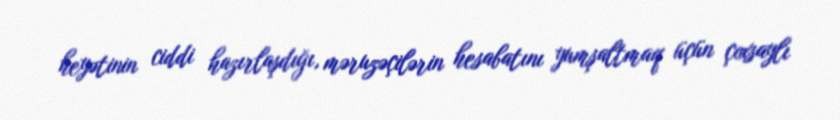
heyətinin ciddi hazırlaşdığı, məruzəçilərin hesabatını yumşaltmaq üçün çoxsaylı